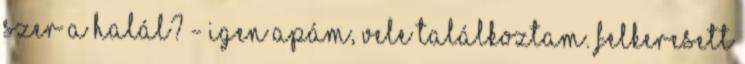
Szer a Halál? - Igen apám, vele találkoztam. Felkeresett